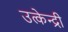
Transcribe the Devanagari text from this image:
उत्केन्द्री